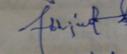
Signature authenticity: genuine